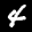
Label: 4